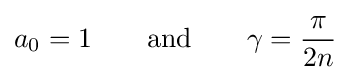
a_{0}=1\qquad {\text{and}}\qquad \gamma ={\frac {\pi }{2n}}